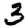
Digit: 3